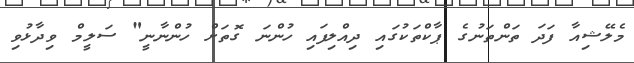
މެލޭޝިއާ ފަދަ ތަންތަނުގެ ޕާކްތަކުގައި ދިއްލިފައި ހުންނަ ގޮތަށް ހުންނާނީ" ސަލީމް ވިދާޅުވި